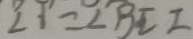
\angle 1 = \angle B E I